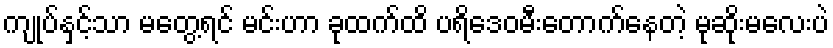
ကျုပ်နှင့်သာ မတွေ့ရင် မင်းဟာ ခုထက်ထိ ပရိဒေဝမီးတောက်နေတဲ့ မုဆိုးမလေးပဲ